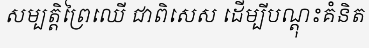
សម្បត្តិព្រៃឈើ ជាពិសេស ដើម្បីបណ្តុះគំនិត